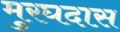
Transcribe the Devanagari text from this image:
मुरघदास